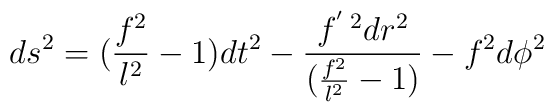
ds^2 = (\frac{f^2}{l^2} - 1) dt^2 -\frac{f^{'\;2} dr^2}{(\frac{f^2}{l^2} - 1)} - f^2 d\phi^2